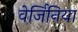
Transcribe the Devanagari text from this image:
वेर्जिनिया